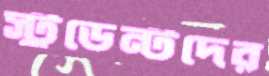
স্টুডেন্টদের